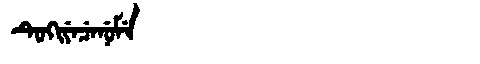
Manchu: ᡨᡠᡴᡳᠶᡝᠴᡝᠨᡠᠮᡝ
Romanization: TUKIYECENUME